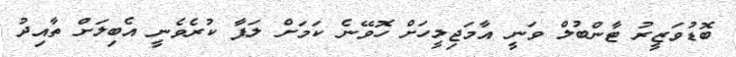
ބޮޑުވަޒީރު ޓާންބުލް ވަނީ އާމަޖިލީހަށް ހޮވޭނެ ކަމަށް ލަފާ ކުރެވެނީ އެބިލަށް ތާއިދު